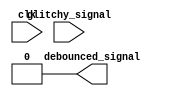
module debouncer #(
    parameter width = 1,
    parameter sampling_pulse_period = 25000, 
    parameter saturating_counter_max = 120) 
(
    input clk,
    input [width-1:0] glitchy_signal,
    output [width-1:0] debounced_signal
);

    // Create your debouncer circuit here
    // This module takes in a vector of 1-bit synchronized, but possibly glitchy signals
    // and should output a vector of 1-bit signals that pulse high for one clock cycle when their respective counter saturates

    // Remove this line once you create your synchronizer
    assign debounced_signal = 0;
endmodule